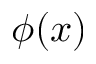
\phi ( x )